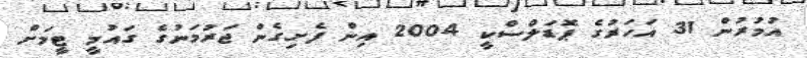
އުމުރުން 31 އަހަރުގެ ޕޮޑަލްސްކީ 2004 އިން ފެށިގެން ޖަރުމަނުގެ ގައުމީ ޓީމަށް